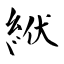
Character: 絥